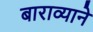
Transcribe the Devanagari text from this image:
बाराव्याने